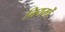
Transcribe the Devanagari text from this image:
नियमों